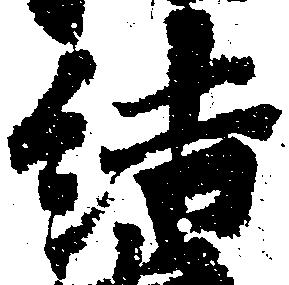
結